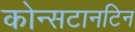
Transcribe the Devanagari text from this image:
कोन्सटानटिन